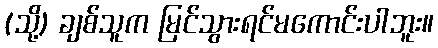
(သို့) ချစ်သူက မြင်သွားရင်မကောင်းပါဘူး။